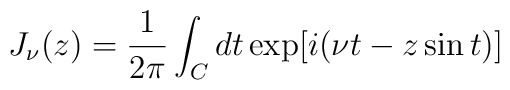
J_\nu(z)=\frac{1}{2\pi}\int_C dt \exp[i(\nu t-z\sin t)]